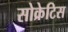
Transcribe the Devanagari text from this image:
सोक्रेटिस